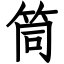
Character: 筒